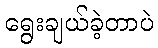
ရွေးချယ်ခဲ့တာပဲ